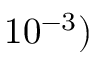
1 0 ^ { - 3 } )